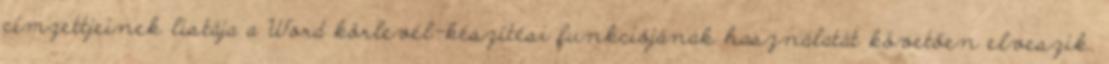
címzettjeinek listája a Word körlevél-készítési funkciójának használatát követően elveszik.